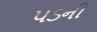
પડની